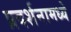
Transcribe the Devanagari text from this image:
प्रदर्शनामध्ये